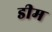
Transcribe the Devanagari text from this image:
डीम